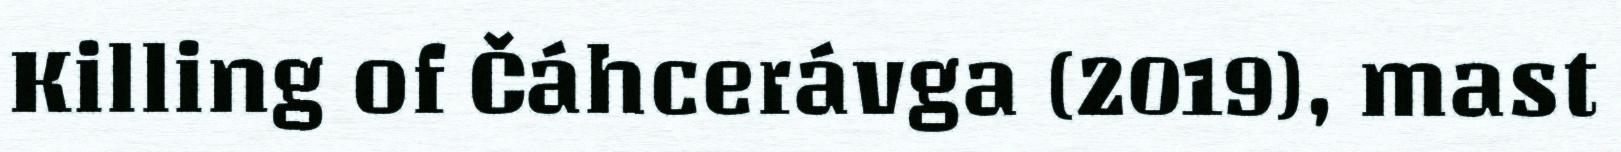
Killing of Čáhcerávga (2019), mast